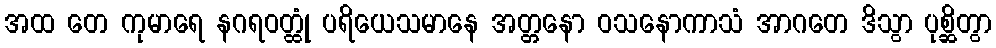
အထ တေ ကုမာရေ နဂရဝတ္ထုံ ပရိယေသမာနေ အတ္တနော ဝသနောကာသံ အာဂတေ ဒိသွာ ပုစ္ဆိတွာ